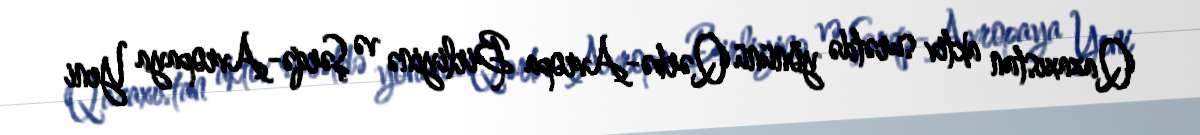
Qazaxıstan aktiv surətdə yönünü Qərbə-Avropa Birliyinə və Şərqə-Avropaya Yeni